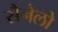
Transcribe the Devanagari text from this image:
सैनेलो